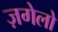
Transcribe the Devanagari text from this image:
ज़गेलो